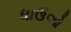
ધાઉઓ